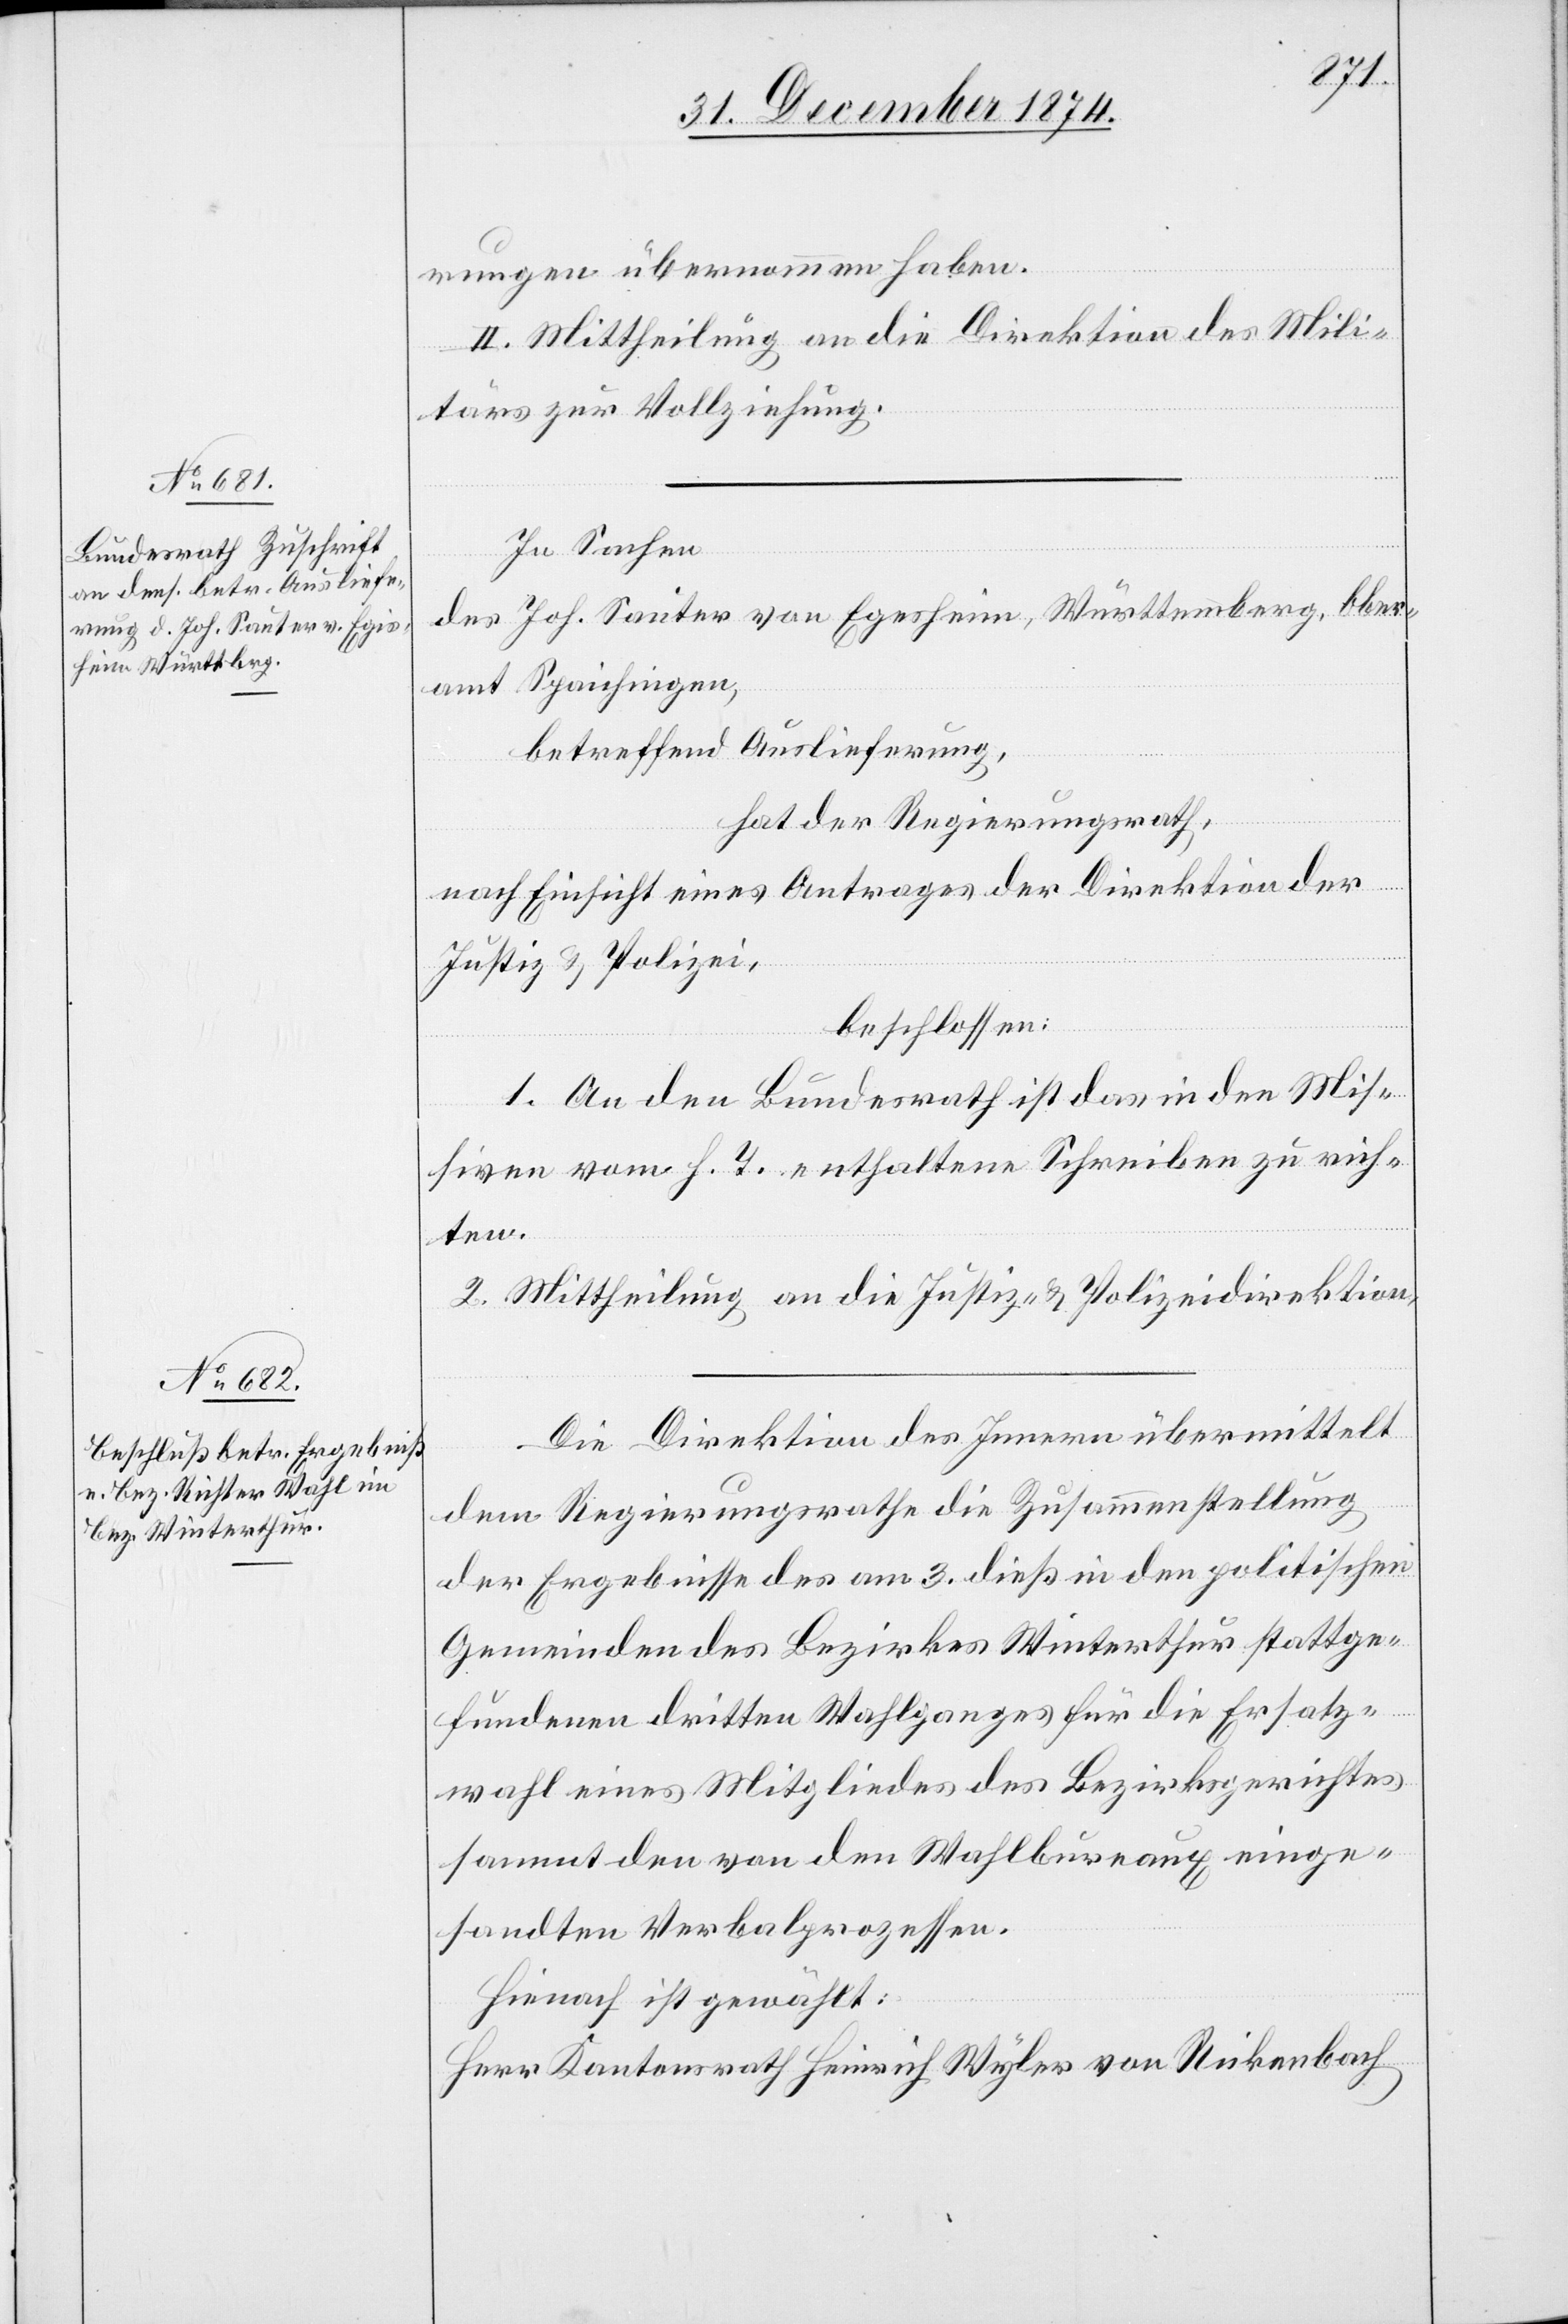
rungen übernommen haben.
II. Mittheilung an die Direktion des Mili¬
tärs zur Vollziehung.
In Sachen
des Joh. Sauter von Egesheim [sic!], Württemberg, Ober¬
amt Spaichingen,
betreffend Auslieferung,
hat der Regierungsrath,
nach Einsicht eines Antrages der Direktion der
Justiz & Polizei,
beschlossen:
1. An den Bundesrath ist das in den Mis¬
siven vom h. T. enthaltene Schreiben zu rich¬
ten.
2. Mittheilung an die Justiz- & Polizeidirektion.
Die Direktion des Innern übermittelt
dem Regierungsrathe die Zusammenstellung
der Ergebnisse des am 3. dieß in den politischen
Gemeinden des Bezirkes Winterthur stattge¬
fundenen dritten Wahlganges für die Ersatz¬
wahl eines Mitgliedes des Bezirksgerichtes
sammt den von den Wahlbureaux einge¬
sandten Verbalprozessen.
Hienach ist gewählt:
Herr Kantonsrath Heinrich Wyler von Rickenbach[.]